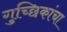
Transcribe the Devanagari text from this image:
गुच्छिकांचा